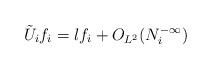
LaTeX: \begin{align*} \tilde{U}_{i} f _{i} = \l f _{i} + O_{L^{2}}(N_{i}^{-\infty})\end{align*}